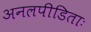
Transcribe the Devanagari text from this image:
अनलपीडिताः